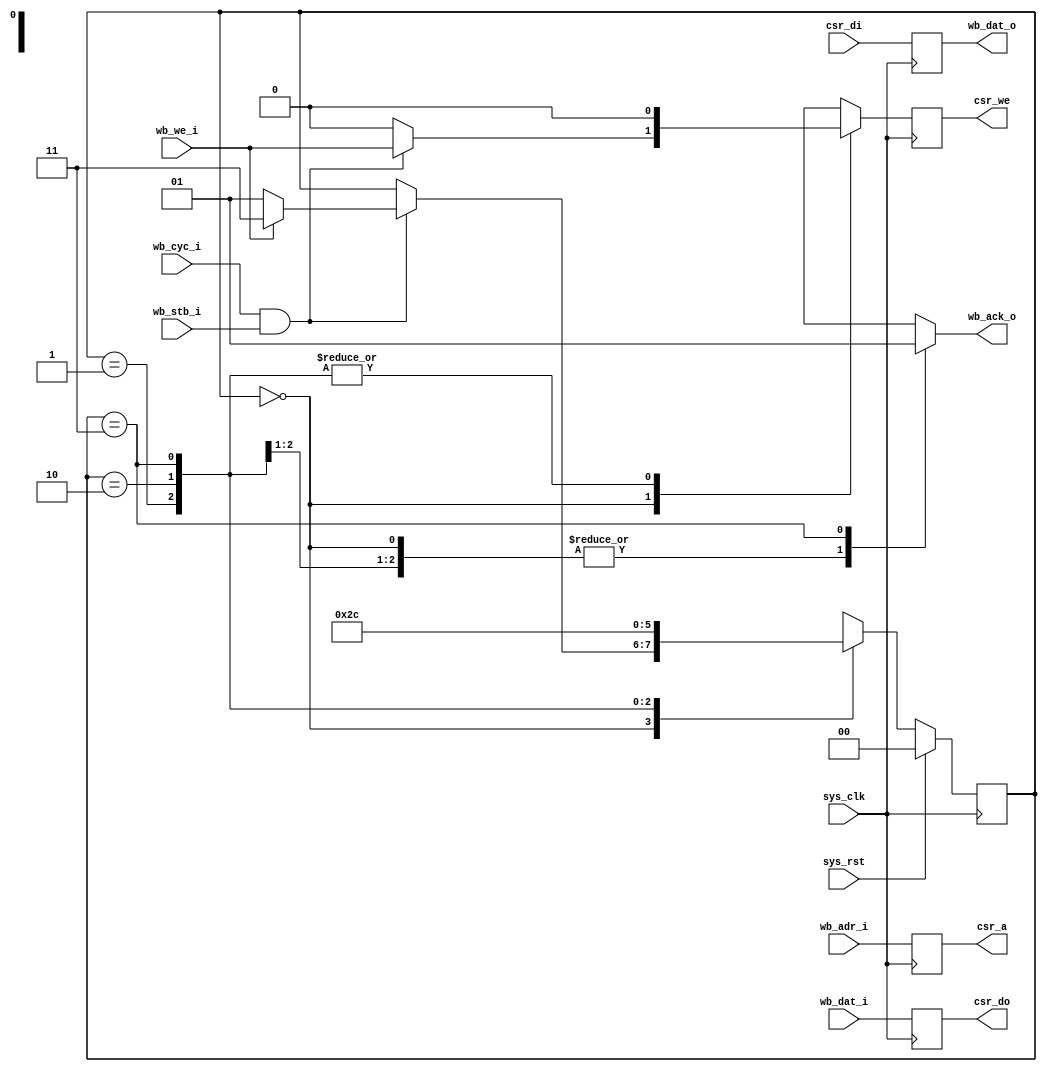
/*
 * Milkymist VJ SoC
 * Copyright (C) 2007, 2008, 2009 Sebastien Bourdeauducq
 *
 * This program is free software: you can redistribute it and/or modify
 * it under the terms of the GNU General Public License as published by
 * the Free Software Foundation, version 3 of the License.
 *
 * This program is distributed in the hope that it will be useful,
 * but WITHOUT ANY WARRANTY; without even the implied warranty of
 * MERCHANTABILITY or FITNESS FOR A PARTICULAR PURPOSE.  See the
 * GNU General Public License for more details.
 *
 * You should have received a copy of the GNU General Public License
 * along with this program.  If not, see <http://www.gnu.org/licenses/>.
 */

module csrbrg(
	input sys_clk,
	input sys_rst,
	
	/* WB */
	input [3:1] wb_adr_i,
	input [15:0] wb_dat_i,
	output reg [15:0] wb_dat_o,
	input wb_cyc_i,
	input wb_stb_i,
	input wb_we_i,
	output reg wb_ack_o,
	
	/* CSR */
	output reg [2:0] csr_a,
	output reg csr_we,
	output reg [15:0] csr_do,
	input [15:0] csr_di
);

/* Datapath: WB <- CSR */
always @(posedge sys_clk) begin
	wb_dat_o <= csr_di;
end

/* Datapath: CSR -> WB */
reg next_csr_we;
always @(posedge sys_clk) begin
	csr_a <= wb_adr_i[3:1];
	csr_we <= next_csr_we;
	csr_do <= wb_dat_i;
end

/* Controller */

reg [1:0] state;
reg [1:0] next_state;

parameter IDLE		= 2'd0;
parameter DELAYACK1	= 2'd1;
parameter DELAYACK2	= 2'd2;
parameter ACK		= 2'd3;

always @(posedge sys_clk) begin
	if(sys_rst)
		state <= IDLE;
	else
		state <= next_state;
end

always @(*) begin
	next_state = state;
	
	wb_ack_o = 1'b0;
	next_csr_we = 1'b0;
	
	case(state)
		IDLE: begin
			if(wb_cyc_i & wb_stb_i) begin
				/* We have a request for us */
				next_csr_we = wb_we_i;
				if(wb_we_i)
					next_state = ACK;
				else
					next_state = DELAYACK1;
			end
		end
		DELAYACK1: next_state = DELAYACK2;
		DELAYACK2: next_state = ACK;
		ACK: begin
			wb_ack_o = 1'b1;
			next_state = IDLE;
		end
	endcase
end

endmodule